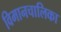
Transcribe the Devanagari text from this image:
विमानचालिका